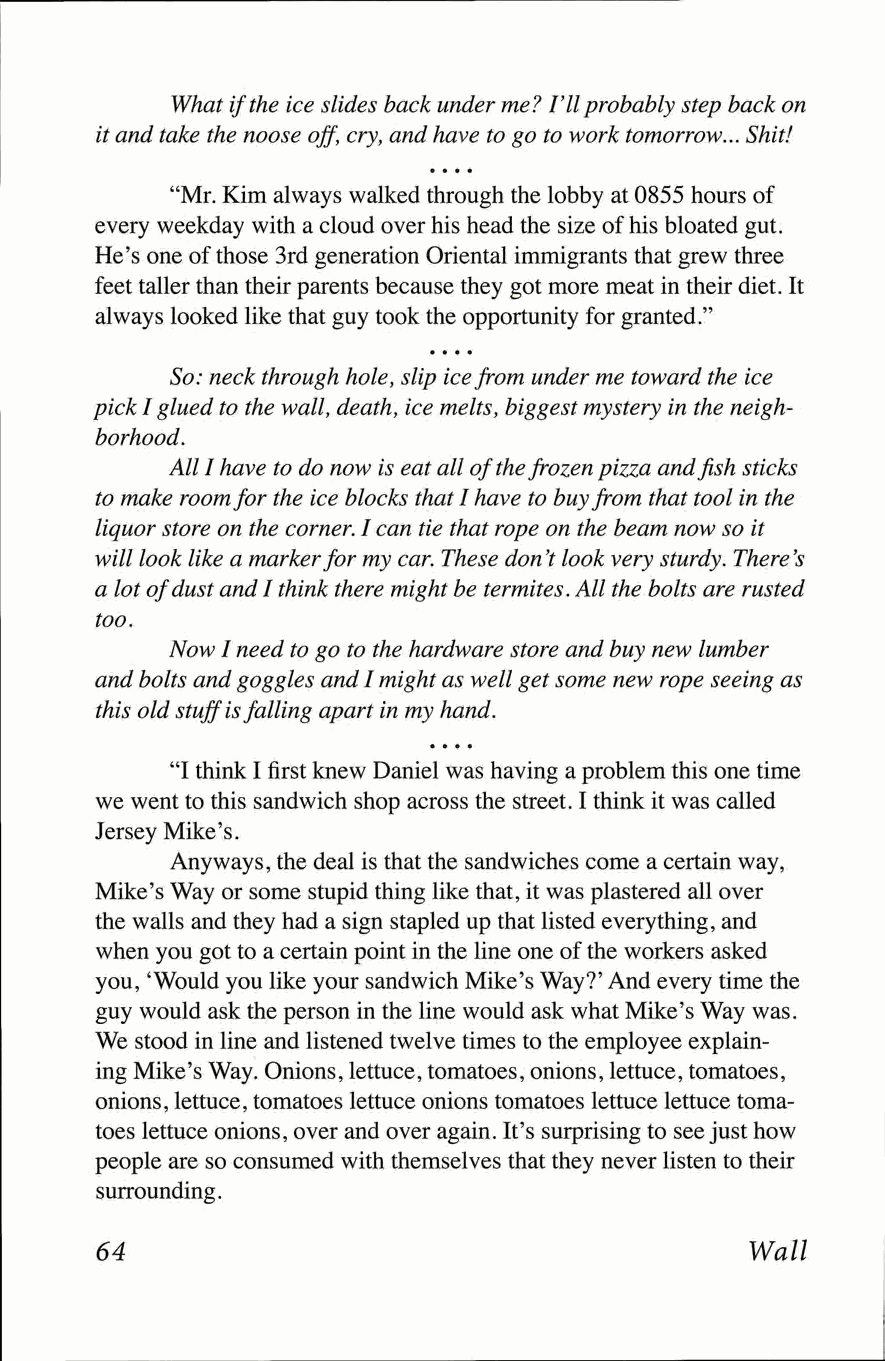
What if the ice slides back under me? I'll probably step back on
 it and take the noose off, cry, and have to go to work tomorrow... Shit!
 "Mr. Kim always walked through the lobby at 0855 hours of
 every weekday with a cloud over his head the size of his bloated gut.
 He's one of those 3rd generation Oriental immigrants that grew three
 feet taller than their parents because they got more meat in their diet. It
 always looked like that guy took the opportunity for granted."
 So: neck through hole, slip ice from under me toward the ice
 pick I glued to the wall, death, ice melts, biggest mystery in the neigh­
 borhood.
 All I have to do now is eat all of the frozen pizza and fish sticks
 to make room for the ice blocks that I have to buy from that tool in the
 liquor store on the corner. I can tie that rope on the beam now so it
 will look like a marker for my car. These don't look very sturdy. There's
 a lot of dust and I think there might be termites. All the bolts are rusted
 too.
 Now I need to go to the hardware store and buy new lumber
 and bolts and goggles and I might as well get some new rope seeing as
 this old stuff is falling apart in my hand.
 "I think I first knew Daniel was having a problem this one time
 we went to this sandwich shop across the street. I think it was called
 Jersey Mike's.
 Anyways, the deal is that the sandwiches come a certain way,
 Mike's Way or some stupid thing like that, it was plastered all over
 the walls and they had a sign stapled up that listed everything, and
 when you got to a certain point in the line one of the workers asked
 you, 'Would you like your sandwich Mike's Way?' And every time the
 guy would ask the person in the line would ask what Mike's Way was.
 We stood in line and listened twelve times to the employee explain­
 ing Mike's Way. Onions, lettuce, tomatoes, onions, lettuce, tomatoes,
 onions, lettuce, tomatoes lettuce onions tomatoes lettuce lettuce toma­
 toes lettuce onions, over and over again. It's surprising to see just how
 people are so consumed with themselves that they never listen to their
 surrounding.
 64                                         Wall